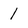
Character: 1